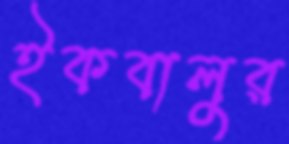
ইকবালুর